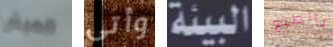
العيش وأتى البيئة بالطبع